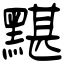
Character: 黮